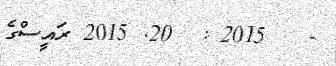
-   2015 :  20